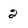
Character: 2